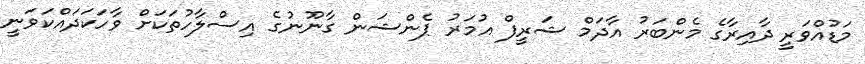
މަޑުއްވަރީ ދާއިރާގެ މެންބަރު އާދަމް ޝަރީފް އުމަރު ޕެންޝަން ގާނޫނުގެ އިސްލާހުތަކަށް ވާހަކަދައްކަވަނީ